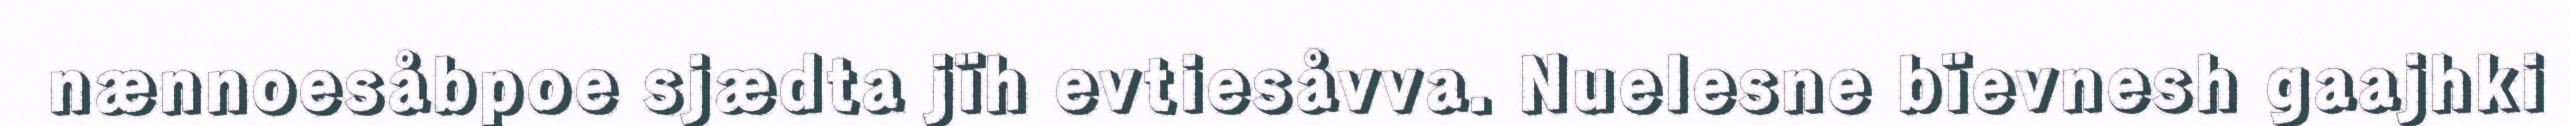
nænnoesåbpoe sjædta jïh evtiesåvva. Nuelesne bïevnesh gaajhki